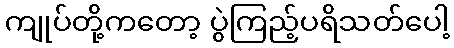
ကျုပ်တို့ကတော့ ပွဲကြည့်ပရိသတ်ပေါ့